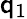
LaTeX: \mathsf{q}_{1}